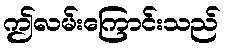
ဤလမ်းကြောင်းသည်